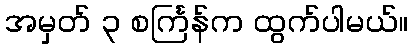
အမှတ် ၃ စင်္ကြန်က ထွက်ပါမယ်။